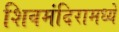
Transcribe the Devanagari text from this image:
शिवमंदिरामध्ये